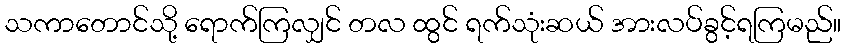
သကာတောင်သို့ ရောက်ကြလျှင် တလ ထွင် ရက်သုံးဆယ် အားလပ်ခွင့်ရကြမည်။